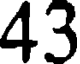
43